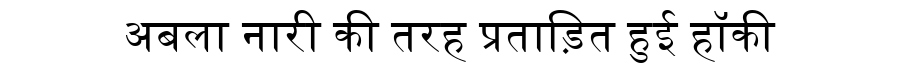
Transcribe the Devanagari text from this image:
अबला नारी की तरह प्रताड़ित हुई हॉकी